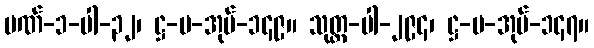
ပဏ်-၁-ပါ-၃၂၊ ဋ္ဌ-ပ-အုပ်-၁၄၉။ သုတ္တ-ပါ-၂၉၄၊ ဋ္ဌ-ပ-အုပ်-၁၄၇။